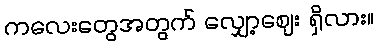
ကလေးတွေအတွက် လျှော့ဈေး ရှိလား။